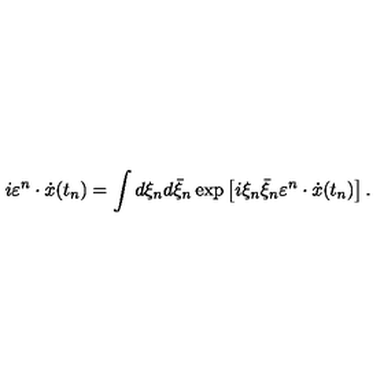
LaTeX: i \varepsilon ^ { n } \cdot \dot { x } ( t _ { n } ) = \int { d \xi _ { n } } d \bar { \xi } _ { n } \exp \left[ { i \xi _ { n } \bar { \xi } _ { n } \varepsilon ^ { n } \cdot \dot { x } ( t _ { n } ) } \right] .